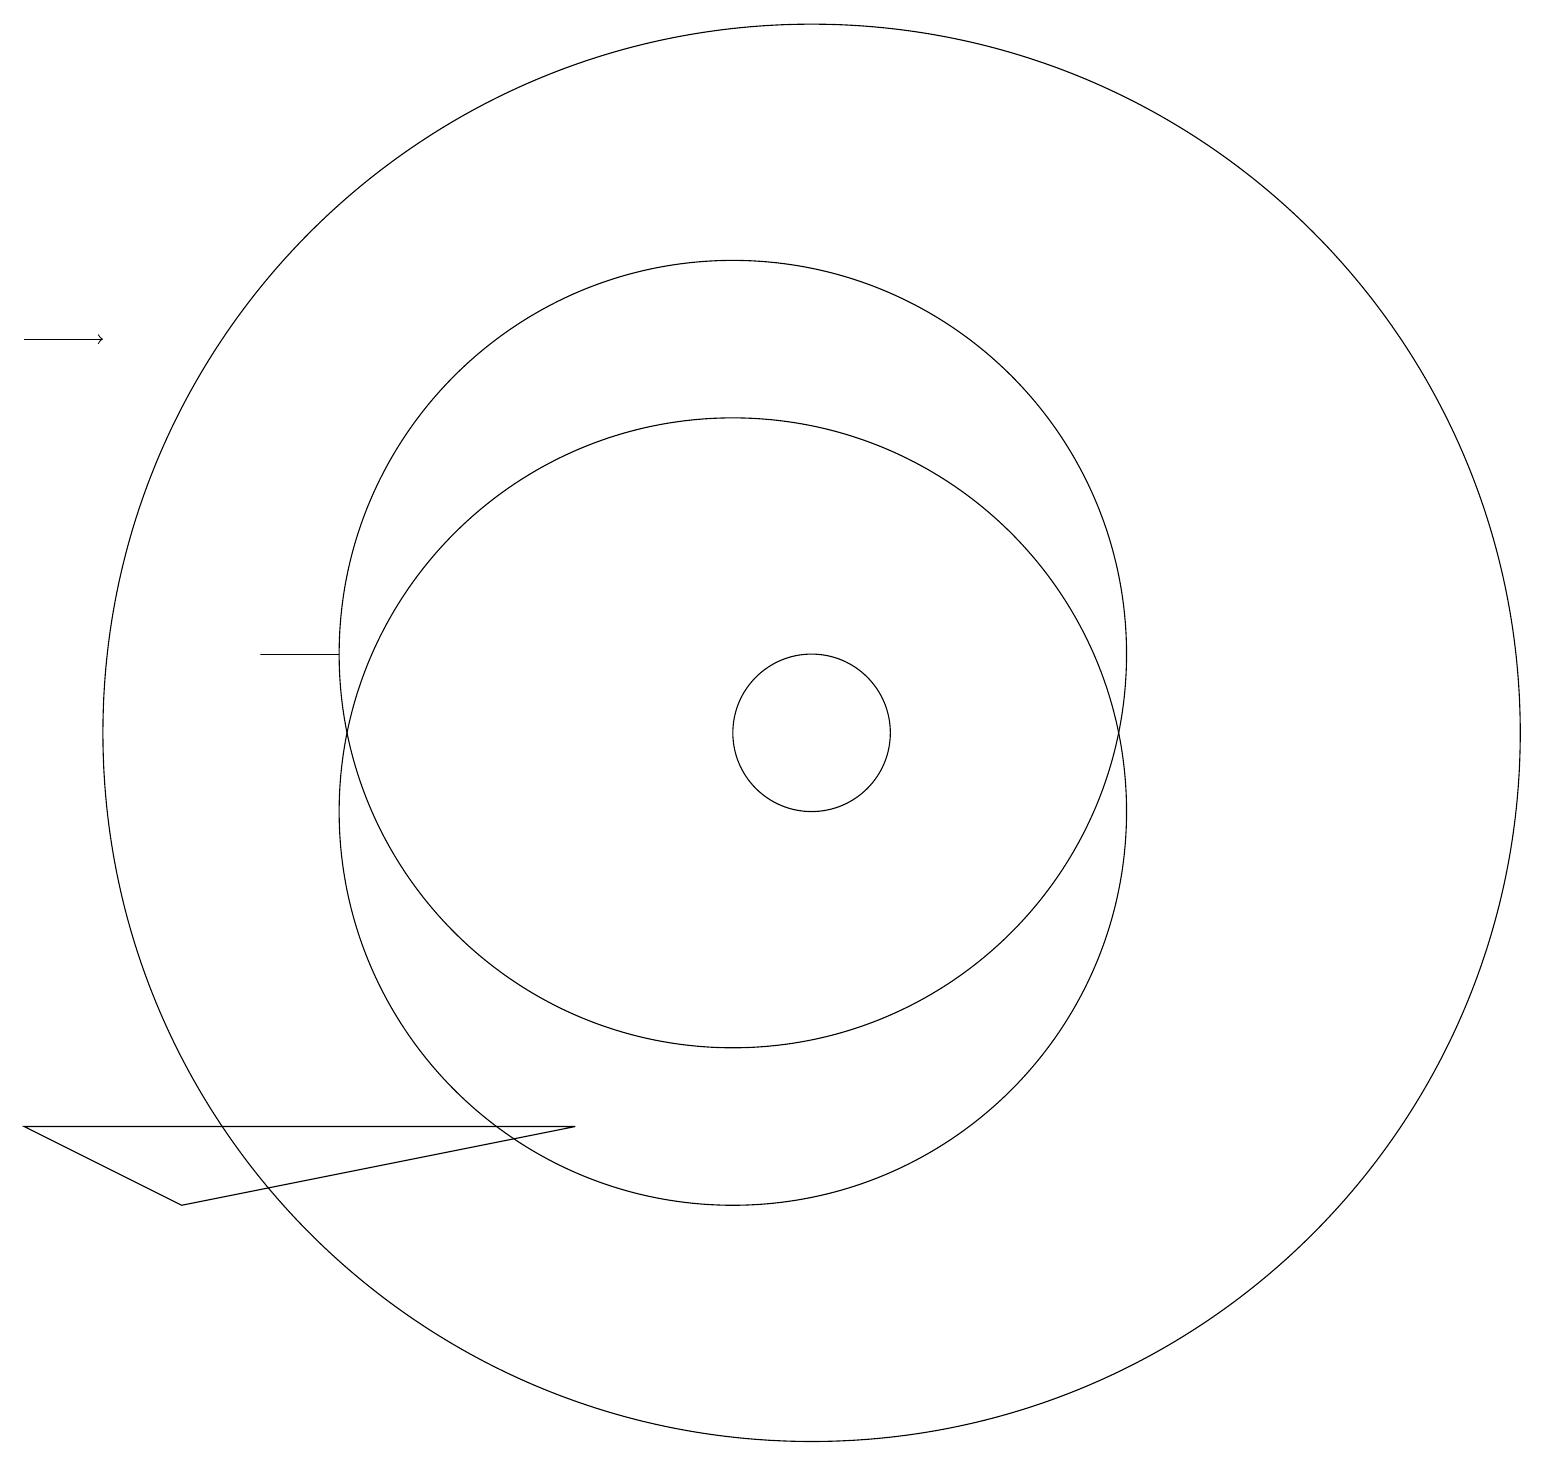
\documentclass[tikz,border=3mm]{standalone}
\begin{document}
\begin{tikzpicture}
\draw (11,10) circle (5);
\draw (12,11) circle (9);
\draw (6,12) rectangle (5,12);
\draw (12,11) circle (1);
\draw (11,12) circle (5);
\draw[->] (2,16) -- (3,16);
\draw (9,6) -- (4,5) -- (2,6) -- cycle;
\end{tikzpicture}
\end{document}